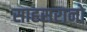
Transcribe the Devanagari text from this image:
साहसरानो